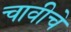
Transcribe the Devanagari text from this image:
चावीचे